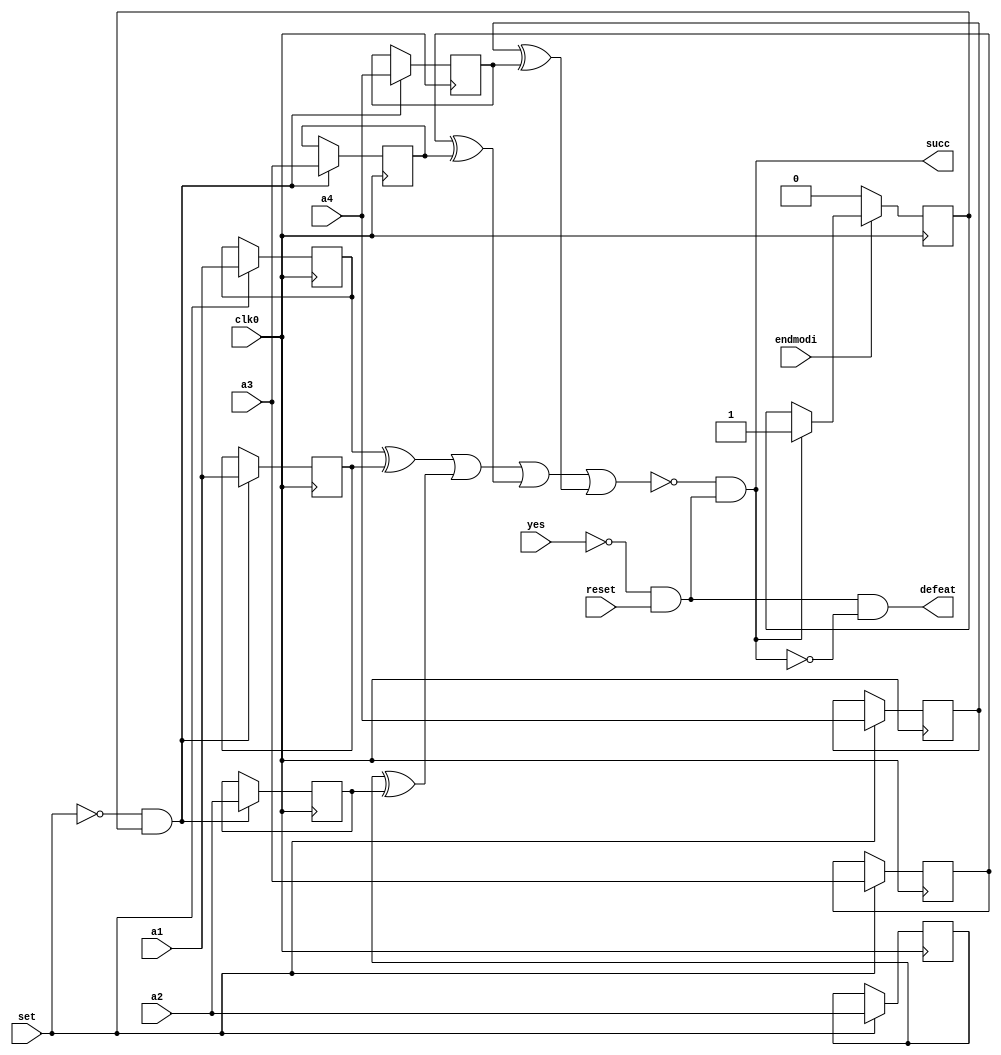
module p3(clk0,a1,a2,a3,a4,succ,set,endmodi,yes,reset,defeat);

input a1,a2,a3,a4,set,yes,reset,endmodi;
output succ,defeat;
reg c0;
reg c1;
reg c2;
reg c3;
reg r0;
reg r1;
reg r2;
reg r3;

wire check0,check1,check2,check3,succ1,succ2,succ3,defeat2,succ4,pass,unye;
reg clk_now;
input clk0;
reg changeable;

always @(posedge clk0)
begin
	if(set==1)
	begin
		c0<=a1;
		c1<=a2;
		c2<=a3;
		c3<=a4;
	end
	if(set==0 && changeable==1)
	begin
		r0<=a1;
		r1<=a2;
		r2<=a3;
		r3<=a4;
	end
	if(succ==1)
	begin
		changeable<=1;
	end
	if(endmodi==0)
	begin
		changeable<=0;
	end
end

	not(unye,yes);
	xor (check0,c0,r0);
	xor (check1,c1,r1);
	xor (check2,c2,r2);
	xor (check3,c3,r3);
	or(succ1,check0,check1);
	or(succ2,succ1,check2);
	or(succ3,succ2,check3);
	and(pass,unye,reset);
	not (succ4,succ3);
	and(succ,succ4,pass);
	not (defeat2,succ);
	and(defeat,pass,defeat2);
	

endmodule